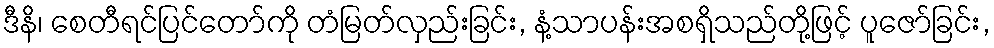
ဒီနိ၊ စေတီရင်ပြင်တော်ကို တံမြတ်လှည်းခြင်း, နံ့သာပန်းအစရှိသည်တို့ဖြင့် ပူဇော်ခြင်း,